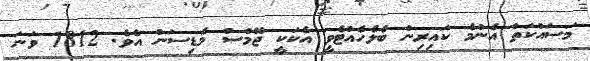
މަސައްކަތް އެންމެ ކައިރިން ބެލެހެއްޓެވީ އެކަކީ ޖޭމްސް މެޑިސަން އެެވެ. 1812 ވަނަ